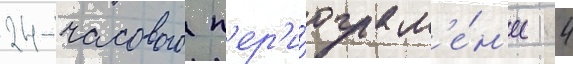
24-часового п'ер'и́ода м'е́н'ее 4